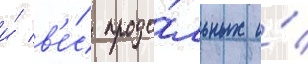
и́ в'е́с продо́льных и́